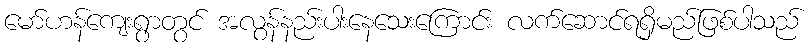
မော်ဟန်ကျေးရွာတွင် အလွန်နည်းပါးနေသေးကြောင်း လက်ဆောင်ရရှိမည်ဖြစ်ပါသည်